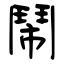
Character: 鬧